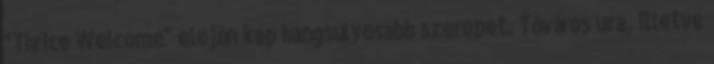
"Thrice Welcome" elején kap hangsúlyosabb szerepet. Tóváros ura, illetve